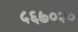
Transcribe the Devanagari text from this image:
५६७०२०